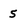
Character: 5